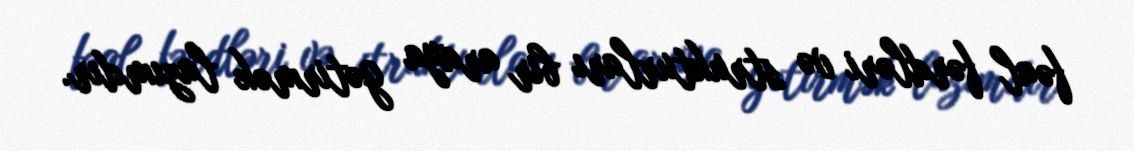
fəal fərdləri və strukturları bir araya gətirmək lazımdır.